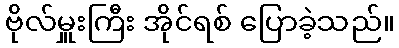
ဗိုလ်မှူးကြီး အိုင်ရစ် ပြောခဲ့သည်။